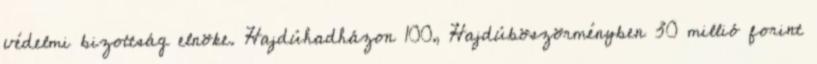
védelmi bizottság elnöke. Hajdúhadházon 100, Hajdúböszörményben 30 millió forint